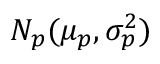
N _ { p } ( \mu _ { p } , \sigma _ { p } ^ { 2 } )